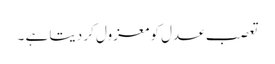
تعصب عدل کو معزول کر دیتا ہے ۔